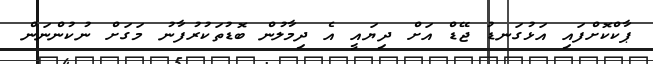
ޕާކްކޮށްފައި އަޅުގަނޑު ޖޭޑް އަށް ދިޔައީ އެ ދިމާލުން ބޮޑުތަކުރުފާނު މަގަށް ނުކުންނަން